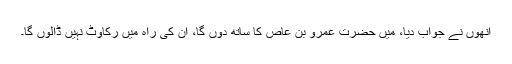
انھوں نے جواب دیا، میں حضرت عمرو بن عاص کا ساتھ دوں گا، ان کی راہ میں رکاوٹ نہیں ڈالوں گا۔